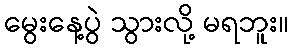
မွေးနေ့ပွဲ သွားလို့ မရဘူး။